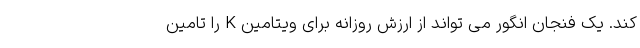
کند. یک فنجان انگور می تواند از ارزش روزانه برای ویتامین K را تامین